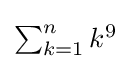
\textstyle \sum _{k=1}^{n}k^{9}